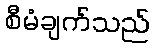
စီမံချက်သည်